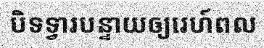
បិទទ្វារបន្ទាយឲ្យរេហ៍ពល